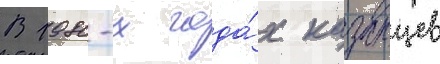
В 1980-х года́х казанцев